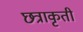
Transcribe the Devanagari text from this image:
छत्राकृती